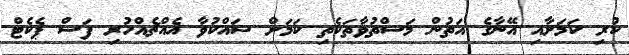
ކުރި ކަމަށާއި އޭނާގެ އަތުން މަސްތުވާތަކެތި ކަމަށް ޝައްކުވާ އެއްޗެއްހުރި ފަސް ޕެކެޓް